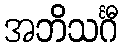
အဘိသင်္ဂီ